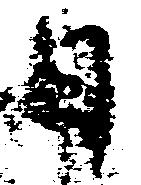
日